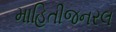
માહિતીજનરલ